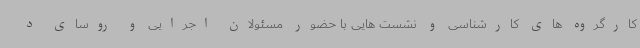
کارگروه های کارشناسی و نشست هایی با حضور مسئولان اجرایی و روسای د